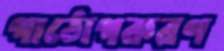
পাঠোপকরণ